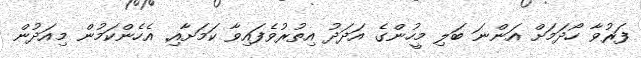
ފަރުވާ ހޯދަމަށް އަންނަ ބަލި މީހުންގެ އަދަދު އިތުރުވެފައިވާ ކަމަށާއި